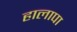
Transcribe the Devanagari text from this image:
हालापा